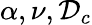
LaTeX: \alpha,\nu,\mathcal{D}_{c}